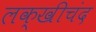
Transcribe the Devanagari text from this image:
लक्खीचंद